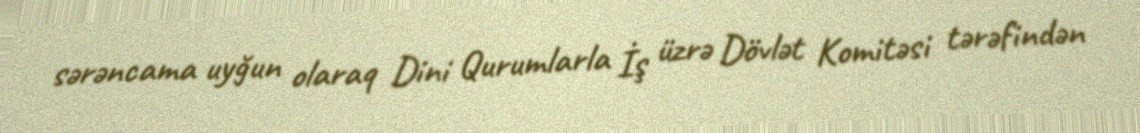
sərəncama uyğun olaraq Dini Qurumlarla İş üzrə Dövlət Komitəsi tərəfindən